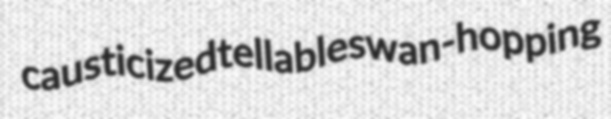
causticized tellable swan-hopping